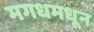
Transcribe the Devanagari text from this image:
मगधमधून